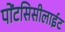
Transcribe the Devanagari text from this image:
पोंटसिसीलाईट